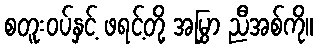
စတူးဝပ်နှင့် ဖရင့်တို့ အမြွှာ ညီအစ်ကို။